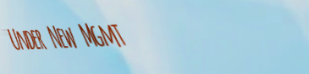
Under New Mgmt